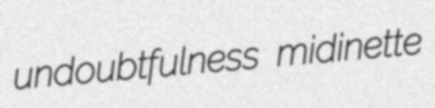
undoubtfulness midinette